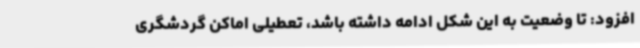
افزود: تا وضعیت به این شکل ادامه داشته باشد، تعطیلی اماکن گردشگری